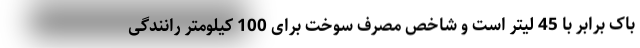
باک برابر با 45 لیتر است و شاخص مصرف سوخت برای 100 کیلومتر رانندگی